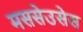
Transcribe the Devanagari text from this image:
मससेउसेस